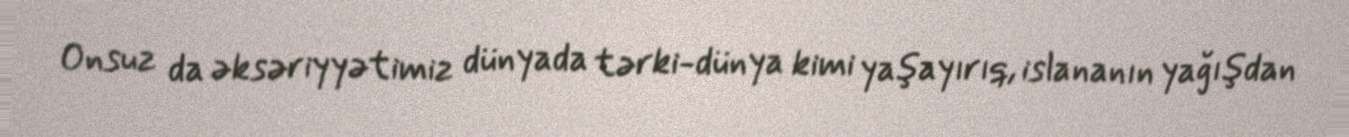
Onsuz da əksəriyyətimiz dünyada tərki-dünya kimi yaşayırıq, islananın yağışdan